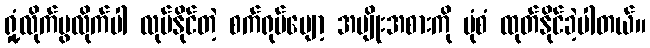
ရှုံ့လိုက်ပွလိုက်ပါ လုပ်နိုင်တဲ့ စက်ရုပ်ပျော့ အမျိုးအစားကို ပုံစံ ထုတ်နိုင်ခဲ့ပါတယ်။